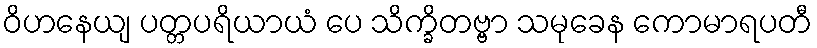
ဝိဟနေယျ ပတ္တပရိယာယံ ပေ သိက္ခိတဗ္ဗာ သမုခေန ကောမာရပတီ